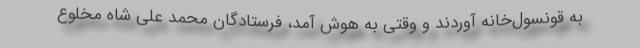
به قونسول‌خانه آوردند و وقتی به هوش آمد، فرستادگان محمد علی شاه مخلوع